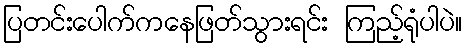
ပြတင်းပေါက်ကနေဖြတ်သွားရင်း ကြည့်ရုံပါပဲ။